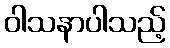
ဝါသနာပါသည့်